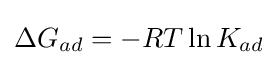
\Delta G_{ad}=-RT\ln K_{ad}